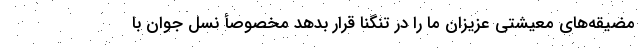
مضیقه‌های معیشتی عزیزان ما را در تنگنا قرار بدهد مخصوصأ نسل جوان با